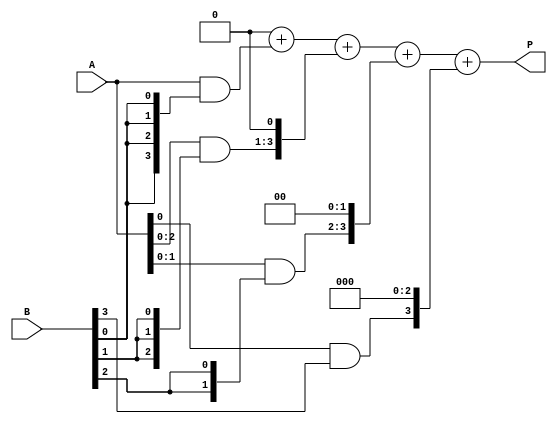
module array_multiplier #(parameter A_WIDTH = 4, parameter B_WIDTH = 4)(
    input [A_WIDTH-1:0] A,         // Multiplicand
    input [B_WIDTH-1:0] B,         // Multiplier
    output reg [(A_WIDTH + B_WIDTH - 1):0] P // Product
);

    // Partial product array
    reg [A_WIDTH-1:0] partial_products[B_WIDTH-1:0];

    integer i, j;

    // Generate partial products
    always @(*) begin
        // Initialize product to zero
        P = 0;

        // Generate partial products
        for (i = 0; i < B_WIDTH; i = i + 1) begin
            partial_products[i] = A & {A_WIDTH{B[i]}}; // AND with multiplicand
            // Shift partial product according to the bit position of the multiplier
            partial_products[i] = partial_products[i] << i; 
        end

        // Sum the partial products
        for (j = 0; j < B_WIDTH; j = j + 1) begin
            P = P + partial_products[j];
        end
    end

endmodule